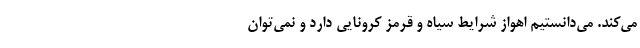
می‌کند. می‌دانستیم اهواز شرایط سیاه و قرمز کرونایی دارد و نمی‌توان